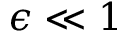
\epsilon \ll 1